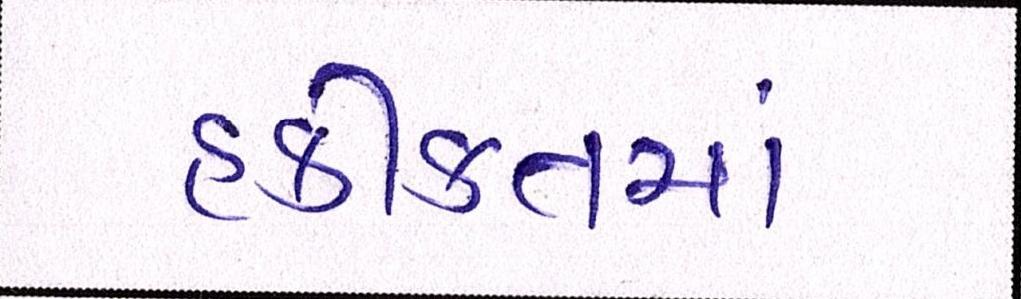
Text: હકીકતમાં